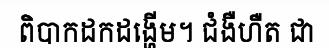
ពិបាកដកដង្ហើម។ ជំងឺហឺត ជា